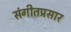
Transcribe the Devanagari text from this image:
संगीतप्रसार